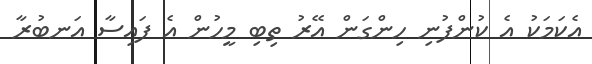
އެކަމަކު އެ ކުންފުނި ހިންގަން އޭރު ތިބި މީހުން އެ ފައިސާ އަނބުރާ